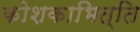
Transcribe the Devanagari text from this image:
कोशकाभित्ति